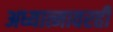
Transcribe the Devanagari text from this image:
अध्यात्मावरही